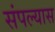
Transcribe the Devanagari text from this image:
संपल्यास